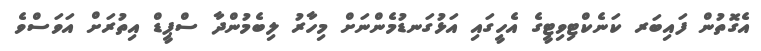
އެގޮތުން ފައިބަރ ކަނެކްޓިވިޓީގެ އެހީގައި އަޅުގަނޑުމެންނަށް މިހާރު ލިބެމުންދާ ސްޕީޑް އިތުރަށް އަވަސްވެ